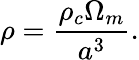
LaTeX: \rho={\frac{\rho_{c}\Omega_{m}}{a^{3}}}.